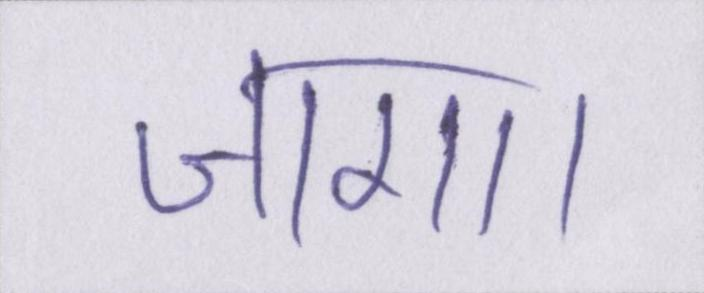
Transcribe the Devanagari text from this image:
जागा।